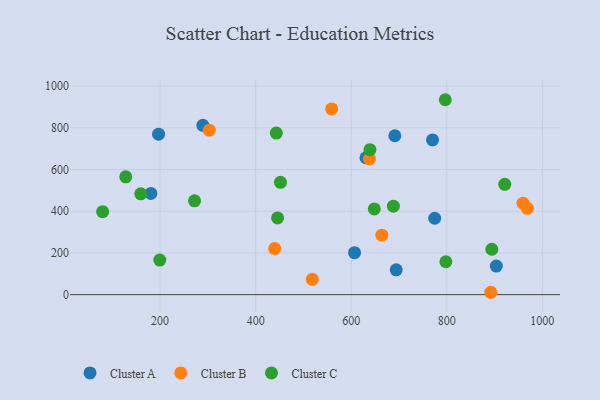
{"axis": {"x": "Ad Spend", "y": "Demand"}, "legend": ["Cluster A", "Cluster B", "Cluster C"], "data": [{"x": "774.7", "y": 366.3, "type": "Cluster A"}, {"x": "180.7", "y": 485.0, "type": "Cluster A"}, {"x": "607.0", "y": 201.2, "type": "Cluster A"}, {"x": "289.5", "y": 811.7, "type": "Cluster A"}, {"x": "694.1", "y": 119.1, "type": "Cluster A"}, {"x": "691.3", "y": 761.6, "type": "Cluster A"}, {"x": "630.9", "y": 656.3, "type": "Cluster A"}, {"x": "196.8", "y": 769.2, "type": "Cluster A"}, {"x": "770.2", "y": 741.7, "type": "Cluster A"}, {"x": "903.7", "y": 136.7, "type": "Cluster A"}, {"x": "959.5", "y": 438.4, "type": "Cluster B"}, {"x": "439.8", "y": 220.6, "type": "Cluster B"}, {"x": "638.1", "y": 650.2, "type": "Cluster B"}, {"x": "664.1", "y": 285.0, "type": "Cluster B"}, {"x": "892.1", "y": 11.3, "type": "Cluster B"}, {"x": "303.0", "y": 788.5, "type": "Cluster B"}, {"x": "968.7", "y": 414.0, "type": "Cluster B"}, {"x": "518.6", "y": 73.2, "type": "Cluster B"}, {"x": "559.0", "y": 890.1, "type": "Cluster B"}, {"x": "272.0", "y": 449.8, "type": "Cluster C"}, {"x": "451.9", "y": 538.4, "type": "Cluster C"}, {"x": "639.2", "y": 694.7, "type": "Cluster C"}, {"x": "798.1", "y": 157.6, "type": "Cluster C"}, {"x": "159.5", "y": 483.2, "type": "Cluster C"}, {"x": "443.2", "y": 774.4, "type": "Cluster C"}, {"x": "796.9", "y": 934.4, "type": "Cluster C"}, {"x": "128.1", "y": 564.9, "type": "Cluster C"}, {"x": "79.7", "y": 397.7, "type": "Cluster C"}, {"x": "199.3", "y": 165.9, "type": "Cluster C"}, {"x": "921.4", "y": 528.8, "type": "Cluster C"}, {"x": "688.3", "y": 424.2, "type": "Cluster C"}, {"x": "894.3", "y": 217.6, "type": "Cluster C"}, {"x": "445.9", "y": 367.7, "type": "Cluster C"}, {"x": "648.3", "y": 410.8, "type": "Cluster C"}]}